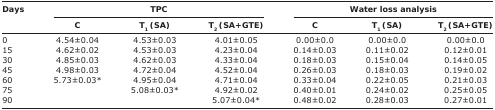
<table><thead><tr><td rowspan="3"><b>Days</b></td><td colspan="3"><b>TPC</b></td><td colspan="3"><b>Water loss analysis</b></td></tr><tr><td><b>C</b></td><td><b>T<sub>1</sub> (SA)</b></td><td><b>T<sub>2</sub> (SA+GTE)</b></td><td><b>C</b></td><td><b>T<sub>1</sub> (SA)</b></td><td><b>T<sub>2</sub> (SA+GTE)</b></td></tr></thead><tbody><tr><td>0</td><td>4.54±0.04</td><td>4.53±0.03</td><td>4.01±0.05</td><td>0.00±0.0</td><td>0.00±0.0</td><td>0.00±0.0</td></tr><tr><td>15</td><td>4.62±0.02</td><td>4.53±0.03</td><td>4.23±0.04</td><td>0.14±0.03</td><td>0.11±0.02</td><td>0.12±0.01</td></tr><tr><td>30</td><td>4.85±0.03</td><td>4.62±0.03</td><td>4.33±0.04</td><td>0.18±0.03</td><td>0.15±0.04</td><td>0.14±0.05</td></tr><tr><td>45</td><td>4.98±0.03</td><td>4.72±0.04</td><td>4.52±0.04</td><td>0.26±0.03</td><td>0.18±0.03</td><td>0.19±0.02</td></tr><tr><td>60</td><td>5.73±0.03*</td><td>4.95±0.04</td><td>4.71±0.04</td><td>0.33±0.04</td><td>0.22±0.05</td><td>0.21±0.03</td></tr><tr><td>75</td><td></td><td>5.08±0.03*</td><td>4.92±0.02</td><td>0.40±0.01</td><td>0.24±0.02</td><td>0.25±0.05</td></tr><tr><td>90</td><td></td><td></td><td>5.07±0.04*</td><td>0.48±0.02</td><td>0.28±0.03</td><td>0.27±0.01</td></tr></tbody></table>